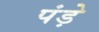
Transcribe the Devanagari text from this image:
पंड़े